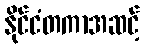
နိုင်ငံတကာအဆင့်